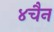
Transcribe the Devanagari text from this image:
४चैन